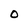
Character: O